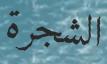
الشجرة